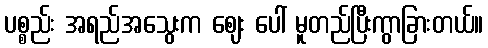
ပစ္စည်း အရည်အသွေးက ဈေး ပေါ် မူတည်ပြီးကွာခြားတယ်။